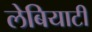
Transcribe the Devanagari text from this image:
लेबियाटी